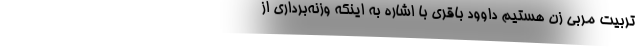
تربیت مربی زن هستیم داوود باقری با اشاره به اینکه وزنه‌برداری از